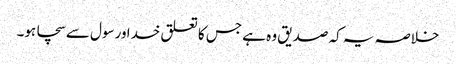
خلاصہ یہ کہ صدیق وہ ہے جس کا تعلق خدا ورسول سےسچا ہو۔